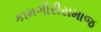
કામગીરીસમાજ